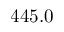
4 4 5 . 0